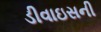
ડીવાઇસની